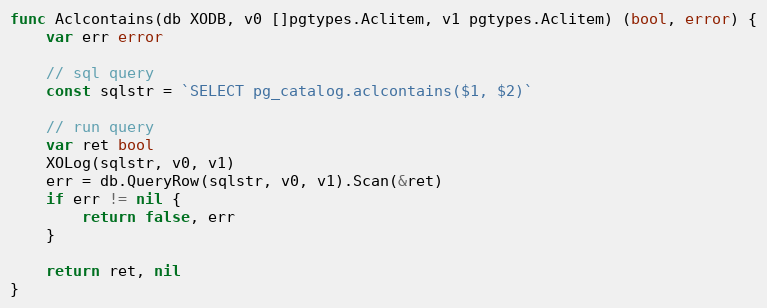
Language: Go
func Aclcontains(db XODB, v0 []pgtypes.Aclitem, v1 pgtypes.Aclitem) (bool, error) {
	var err error

	// sql query
	const sqlstr = `SELECT pg_catalog.aclcontains($1, $2)`

	// run query
	var ret bool
	XOLog(sqlstr, v0, v1)
	err = db.QueryRow(sqlstr, v0, v1).Scan(&ret)
	if err != nil {
		return false, err
	}

	return ret, nil
}